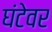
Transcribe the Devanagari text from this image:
घंटेवर